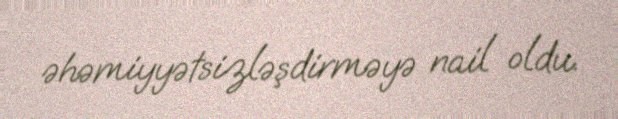
əhəmiyyətsizləşdirməyə nail oldu.